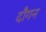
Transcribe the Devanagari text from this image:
दौगन